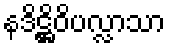
နဒိဋ္ဌိဝိပလ္လာသာ